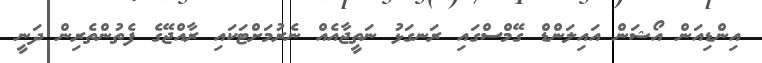
އިންޑިއަން އޯޝަން އައިލަންޑް ގޭމްސްގައި ރަނގަޅު ނަތީޖާއެއް ނެރުމަށްޓަަކައި ރާއްޖޭގެ ފެތުންތެރިން ދަނީ